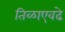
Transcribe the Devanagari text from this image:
तिळाएवढे